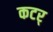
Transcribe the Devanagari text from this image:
कटर्‌